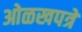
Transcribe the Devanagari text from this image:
ओळखपत्रे